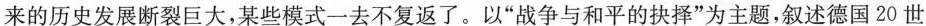
来的历史发展断裂巨大，某些模式一去不复返了。以”战争与和平的抉择”为主题，叙述德国20世